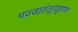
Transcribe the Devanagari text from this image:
मज्जातंतूव्यूहावर